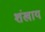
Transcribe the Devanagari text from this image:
शंखाय